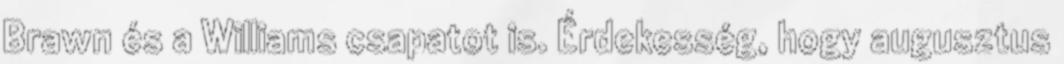
Brawn és a Williams csapatot is. Érdekesség, hogy augusztus